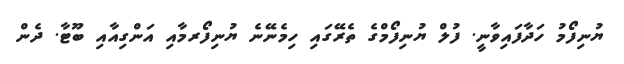
ޔުނިފޯމު ހަދާފައިވާނީ. ފުލް ޔުނިފޯމްގެ ތެރޭގައި ހިމެނޭނެ ޔުނިފޯރމާއި އަންގިއާއި ބޫޓާ. ދެން